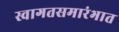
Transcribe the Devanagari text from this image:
स्वागतसमारंभात